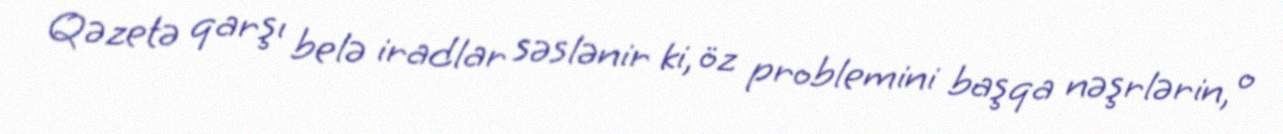
Qəzetə qarşı belə iradlar səslənir ki, öz problemini başqa nəşrlərin, o